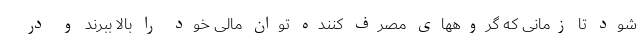
شود تا زمانی که گروههای مصرف کننده توان مالی خود را بالا ببرند و در